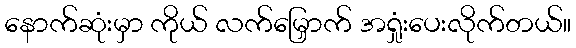
နောက်ဆုံးမှာ ကိုယ် လက်မြှောက် အရှုံးပေးလိုက်တယ်။